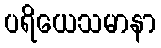
ပရိယေသမာနာ